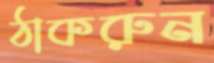
ঠাকরুন